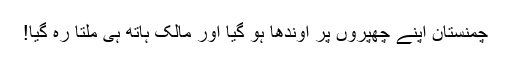
چمنستان اپنے چھپروں پر اُوندھا ہو گیا اور مالک ہاتھ ہی ملتا رہ گیا!